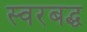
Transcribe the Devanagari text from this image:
स्‍वरबद्ध